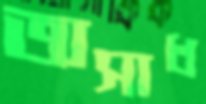
অসাধ